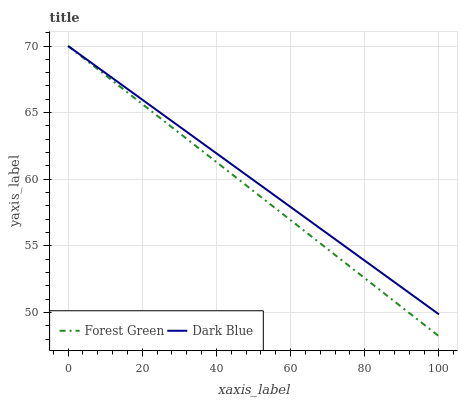
| xaxis_label | Forest Green | Dark Blue |
 | --- | --- | --- |
 | 0 | 70 | 70 |
 | 6.67 | 68.5 | 68.7 |
 | 13.3 | 67.1 | 67.3 |
 | 20 | 65.6 | 66 |
 | 26.7 | 64.2 | 64.6 |
 | 33.3 | 62.7 | 63.3 |
 | 40 | 61.3 | 61.9 |
 | 46.7 | 59.8 | 60.6 |
 | 53.3 | 58.4 | 59.3 |
 | 60 | 56.9 | 57.9 |
 | 66.7 | 55.5 | 56.6 |
 | 73.3 | 54 | 55.2 |
 | 80 | 52.6 | 53.9 |
 | 86.7 | 51.1 | 52.5 |
 | 93.3 | 49.7 | 51.2 |
 | 100 | 48.2 | 49.9 |